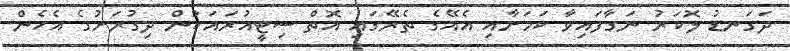
ދަގަނޑު ލޮކަރު ނަގާފައިވާ ކަމަށާއި އެއޭގެ ތެރޭގައި އޮތް ސިޓީއުރައަކުން ދިގުރަށުގެ އެހެން